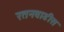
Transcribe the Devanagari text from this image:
रतनवाडीस